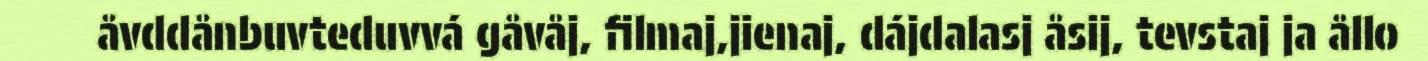
åvddånbuvteduvvá gåvåj, filmaj,jienaj, dájdalasj åsij, tevstaj ja ållo